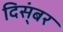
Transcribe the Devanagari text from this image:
दिस्ंबर